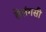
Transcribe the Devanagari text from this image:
तेलंगसी